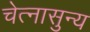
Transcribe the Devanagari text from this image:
चेत्नासुन्य